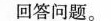
回答问题。